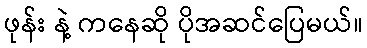
ဖုန်း နဲ့ ကနေဆို ပိုအဆင်ပြေမယ်။